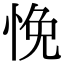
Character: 悗